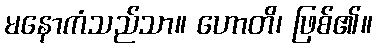
မနောကံသည်သာ။ ဟောတိ၊ ဖြစ်၏။